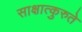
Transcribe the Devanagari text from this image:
साक्षात्कुरुते